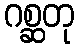
ဂစ္ဆတု